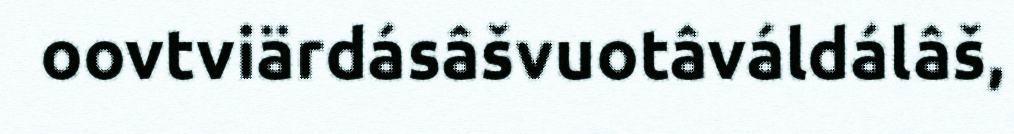
oovtviärdásâšvuotâváldálâš,